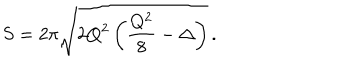
LaTeX: S = 2 \pi \sqrt { 2 Q ^ { 2 } \left( \frac { Q ^ { 2 } } { 8 } - \Delta \right) } \, .